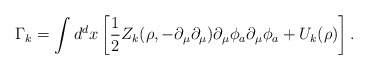
\begin{align*}\Gamma_{k}=\int d^{d}x\left[\frac{1}{2}Z_{k}(\rho,-\partial_{\mu}\partial_{\mu})\partial_{\mu}\phi_{a}\partial_{\mu}\phi_{a}+U_{k}(\rho)\right].\end{align*}